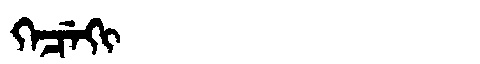
Manchu: ᡴᡝᠴᡝᡴᡳ
Romanization: KECEKI